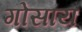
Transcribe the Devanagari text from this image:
गोसांय